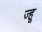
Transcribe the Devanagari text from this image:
ज्हू